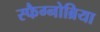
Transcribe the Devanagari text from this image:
स्फैग्नोब्रिया